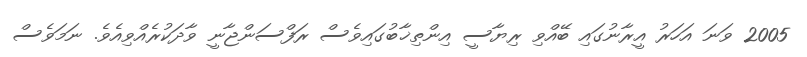
2005 ވަނަ އަހަރު އީރާނުގައި ބޭއްވި ރިޔާސީ އިންތިޚާބުގައިވެސް ރަފްސަންޖާނީ ވާދަކުރެއްވިއެވެ. ނަމަވެސް